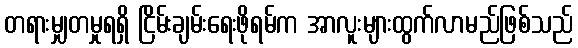
တရားမျှတမှုရရှိ ငြိမ်းချမ်းရေးဖိုရမ်က အာလူးများထွက်လာမည်ဖြစ်သည်